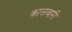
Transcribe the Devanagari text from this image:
क्रालवारी